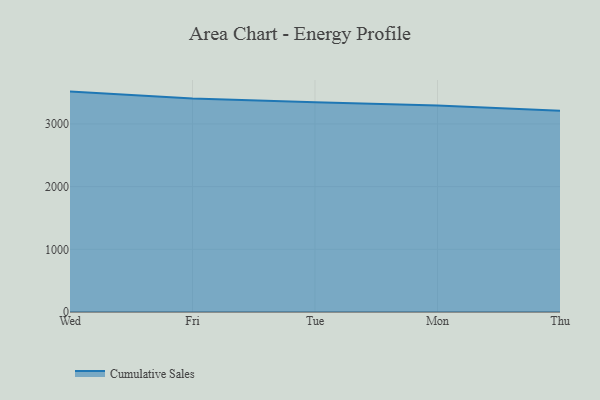
{"axis": {"x": "Day", "y": "Inventory Turnover"}, "legend": ["Cumulative Sales"], "data": [{"x": "Wed", "y": 3514.9, "type": "Cumulative Sales"}, {"x": "Fri", "y": 3402.9, "type": "Cumulative Sales"}, {"x": "Tue", "y": 3344.6, "type": "Cumulative Sales"}, {"x": "Mon", "y": 3293.2, "type": "Cumulative Sales"}, {"x": "Thu", "y": 3208.5, "type": "Cumulative Sales"}]}